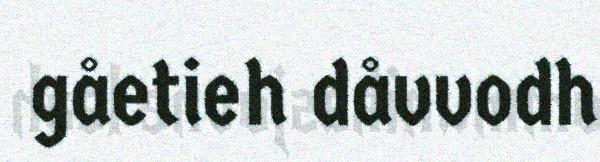
gåetieh dåvvodh